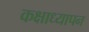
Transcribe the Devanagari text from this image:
कक्षाध्यापन